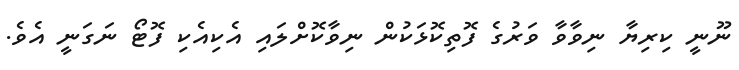
ނޫނީ ކިރިޔާ ނިވާވާ ވަރުގެ ފޮތިކޮޅަކުން ނިވާކޮށްލައި އެކިއެކި ފޮޓޯ ނަގަނީ އެވެ.